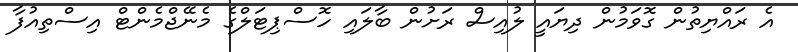
އެ ރައްޔިތުން ގޮވަމުން ދިޔައީ ލުއިސް ރަށުން ބާލައި ހޮސްޕިޓަލްގެ މެނޭޖްމެންޓް އިސްތިއުފާ